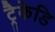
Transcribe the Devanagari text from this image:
ट्रैकेडि